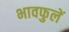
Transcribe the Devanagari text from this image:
भावफुलें